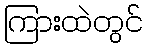
ကြားထဲတွင်